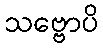
သဗ္ဗောပိ